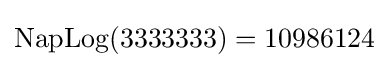
\mathrm {NapLog} (3333333)=10986124